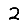
Digit: 2